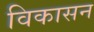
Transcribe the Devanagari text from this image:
विकासन